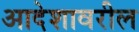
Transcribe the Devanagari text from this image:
आदेशावरील